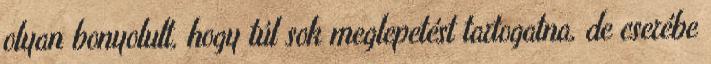
olyan bonyolult, hogy túl sok meglepetést tartogatna, de cserébe